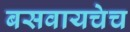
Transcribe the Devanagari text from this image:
बसवायचेच